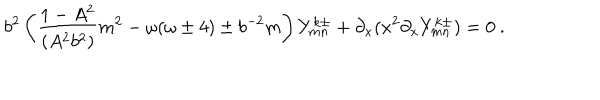
LaTeX: b ^ { 2 } \left( \frac { 1 - A ^ { 2 } } { ( A ^ { 2 } b ^ { 2 } ) } m ^ { 2 } - \omega ( \omega \pm 4 ) \pm b ^ { - 2 } m \right) Y _ { m n } ^ { k \pm } + \partial _ { x } ( x ^ { 2 } \partial _ { x } Y _ { m n } ^ { k \pm } ) = 0 \ .